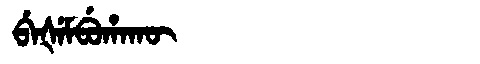
Manchu: ᠪᡝᡧᡝᠮᠪᡠᡥᠠᡴᡡ
Romanization: BEŠEMBUHAKŪ